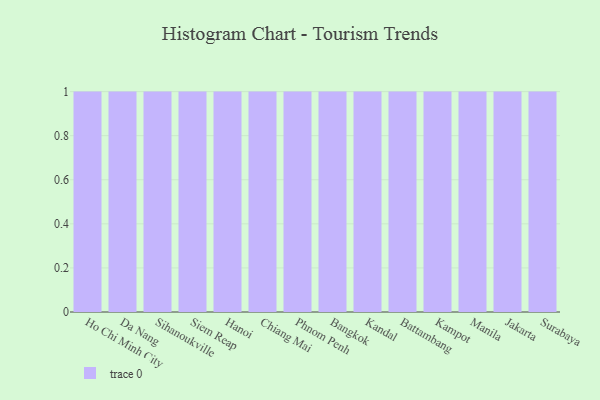
{"axis": {"x": "City", "y": "Waste Production (Tons)"}, "legend": [""], "data": [{"x": "Ho Chi Minh City", "y": 52, "type": ""}, {"x": "Da Nang", "y": 91, "type": ""}, {"x": "Sihanoukville", "y": 38, "type": ""}, {"x": "Siem Reap", "y": 33, "type": ""}, {"x": "Hanoi", "y": 84, "type": ""}, {"x": "Chiang Mai", "y": 21, "type": ""}, {"x": "Phnom Penh", "y": 92, "type": ""}, {"x": "Bangkok", "y": 31, "type": ""}, {"x": "Kandal", "y": 35, "type": ""}, {"x": "Battambang", "y": 42, "type": ""}, {"x": "Kampot", "y": 63, "type": ""}, {"x": "Manila", "y": 9, "type": ""}, {"x": "Jakarta", "y": 71, "type": ""}, {"x": "Surabaya", "y": 40, "type": ""}]}